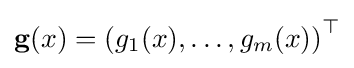
\mathbf {g} (x)=\left(g_{1}(x),\ldots ,g_{m}(x)\right)^{\top }